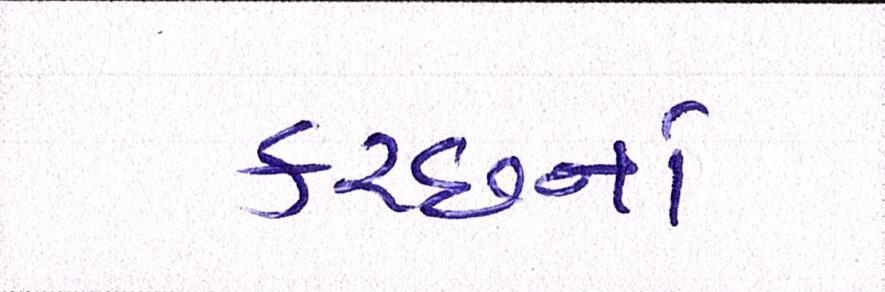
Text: કચ્છનાં